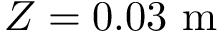
Z = 0 . 0 3 ~ \mathrm { m }